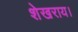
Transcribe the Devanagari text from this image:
शेखराय।